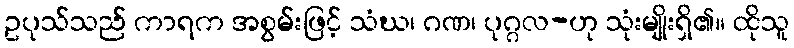
ဥပုသ်သည် ကာရက အစွမ်းဖြင့် သံဃ၊ ဂဏ၊ ပုဂ္ဂလ-ဟု သုံးမျိုးရှိ၏။ ထိုသူ